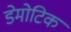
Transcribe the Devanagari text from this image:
डेमोटिक